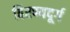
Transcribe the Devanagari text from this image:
हिरण्यदूर्ग